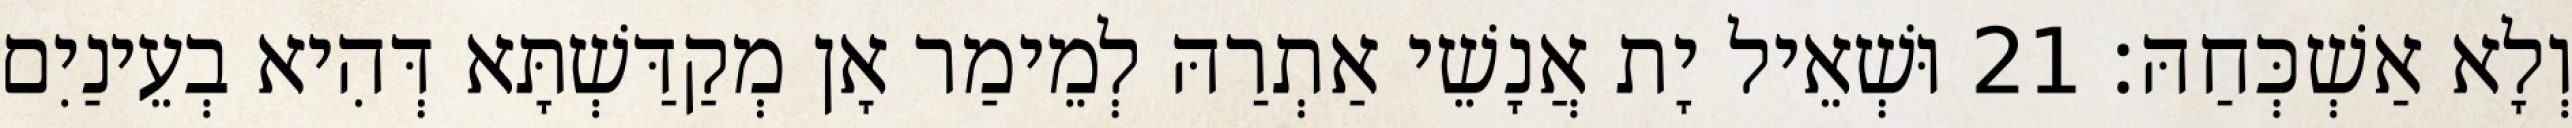
וְלָא אַשְׁכְּחַהּ׃ 21 וּשְׁאֵיל יָת אֲנָשֵׁי אַתְרַהּ לְמֵימַר אָן מְקַדַּשְׁתָּא דְּהִיא בְעֵינַיִם